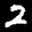
Label: 2